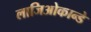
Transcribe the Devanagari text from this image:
लाजिओकान्डे